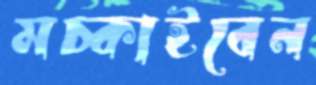
মচ্‌কাইবেন